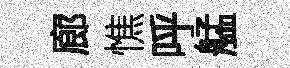
廊憔呼艋